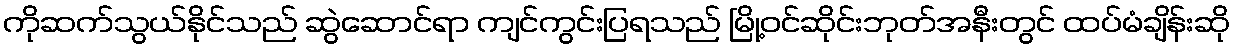
ကိုဆက်သွယ်နိုင်သည် ဆွဲဆောင်ရာ ကျင်ကွင်းပြရသည် မြို့ဝင်ဆိုင်းဘုတ်အနီးတွင် ထပ်မံချိန်းဆို